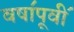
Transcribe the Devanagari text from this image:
वषा॔पूवी॔